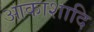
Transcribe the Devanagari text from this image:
आकाशादि